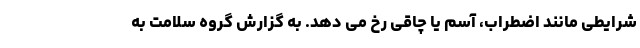
شرایطی مانند اضطراب، آسم یا چاقی رخ می دهد. به گزارش گروه سلامت به